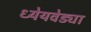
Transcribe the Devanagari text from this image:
ध्येेयवेड्या